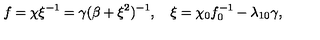
f = \chi \xi ^ { - 1 } = \gamma ( \beta + \xi ^ { 2 } ) ^ { - 1 } , \quad \xi = \chi _ { 0 } f _ { 0 } ^ { - 1 } - \lambda _ { 1 0 } \gamma ,